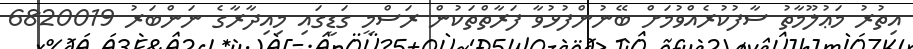
އިތުރު މަޢުލޫމާތު ސާފުކުރެއްވުމަށް ބޭނުންފުޅުވާ ފަރާތްތަކުން ރަސްމީ ގަޑީގައި މިއިދާރާގެ ނަންބަރު 6820019